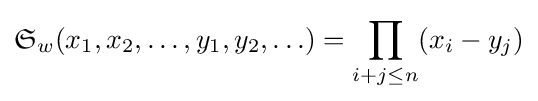
{\mathfrak {S}}_{w}(x_{1},x_{2},\ldots ,y_{1},y_{2},\ldots )=\prod \limits _{i+j\leq n}(x_{i}-y_{j})